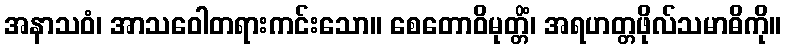
အနာသဝံ၊ အာသဝေါတရားကင်းသော။ စေတောဝိမုတ္တိံ၊ အရဟတ္တဖိုလ်သမာဓိကို။